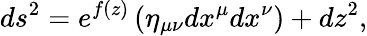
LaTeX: ds^{2}=e^{f(z)}\left(\eta_{\mu\nu}dx^{\mu}dx^{\nu}\right)+dz^{2},